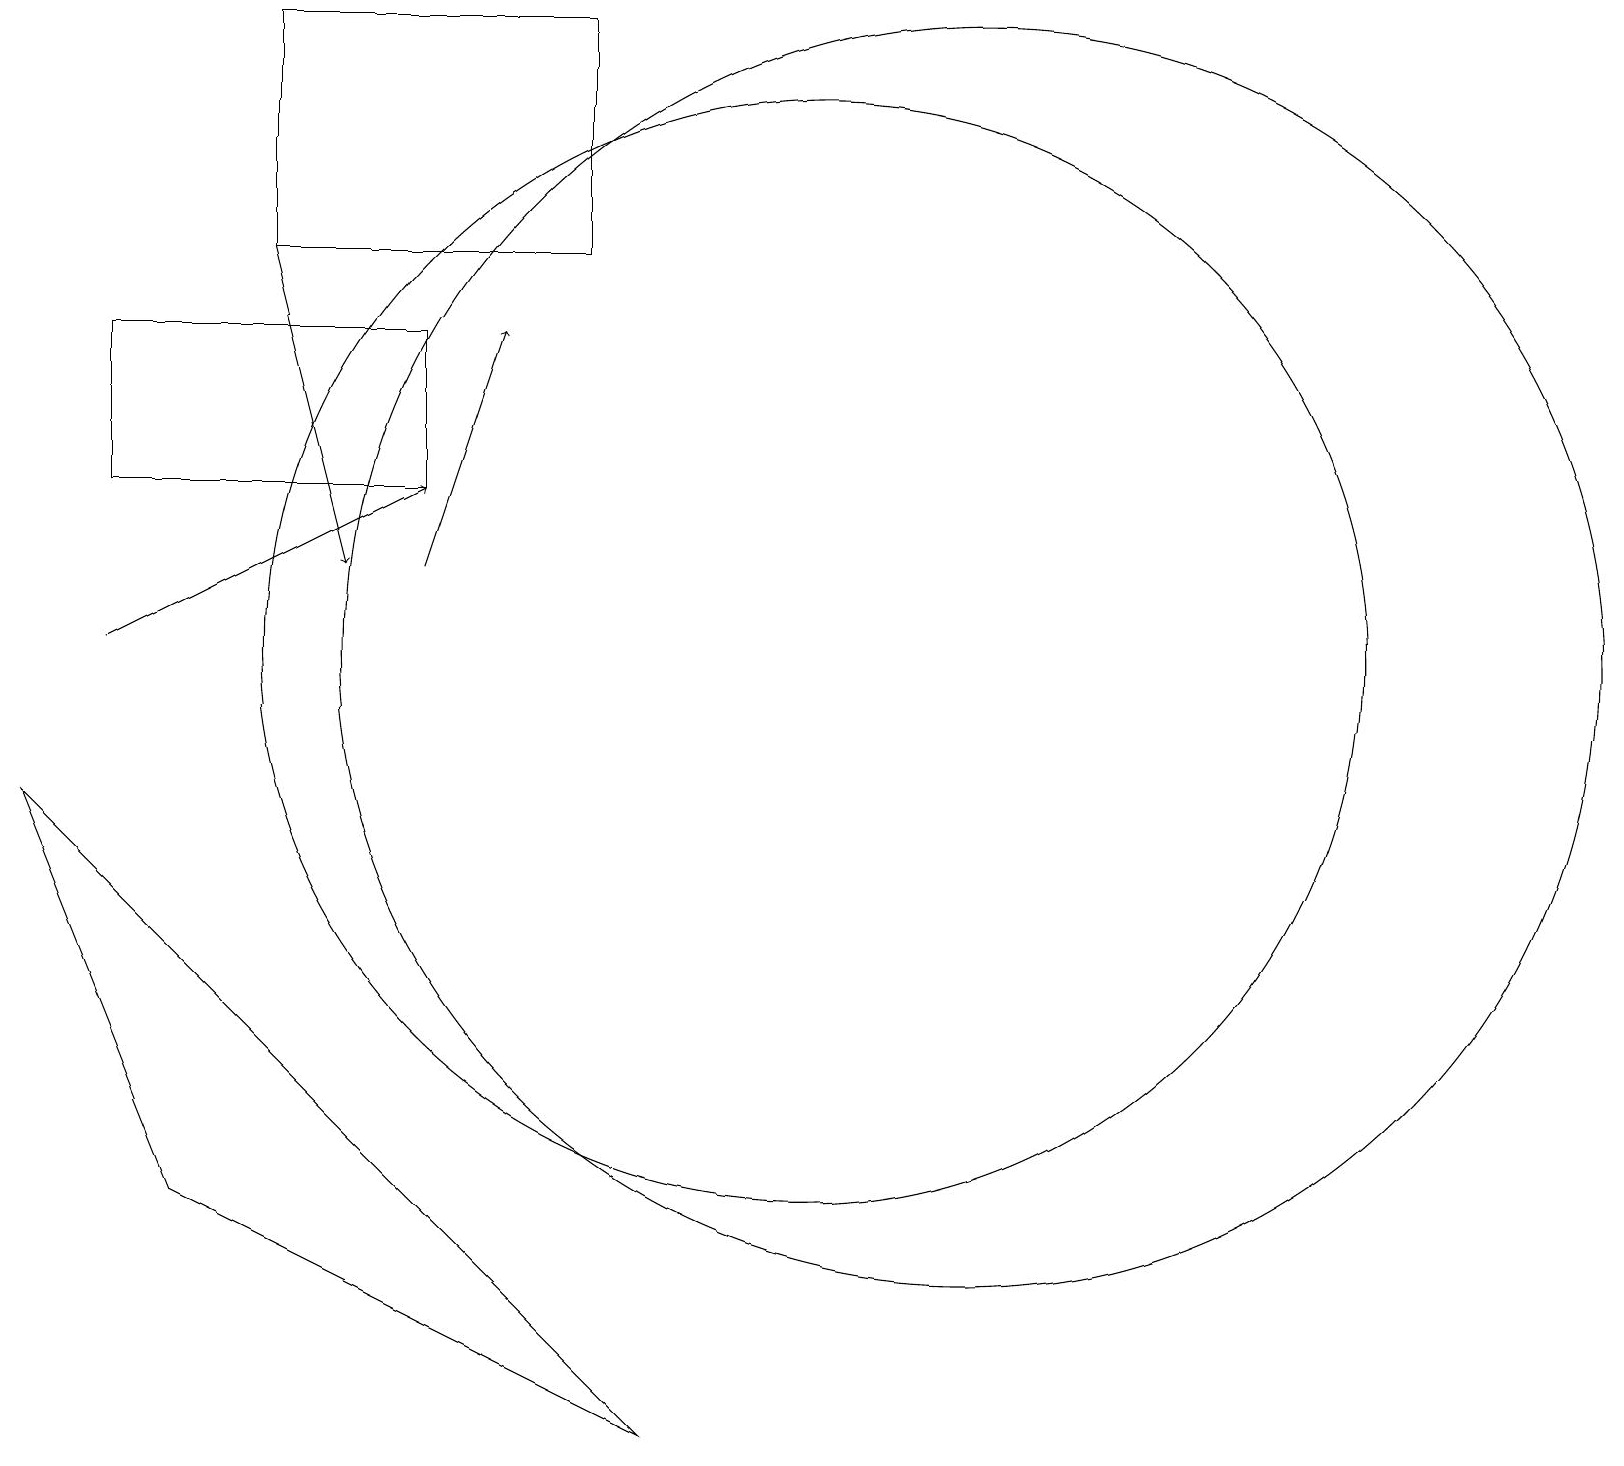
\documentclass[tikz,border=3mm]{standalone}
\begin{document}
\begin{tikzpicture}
\draw[->] (5,11) -- (6,14);
\draw (1,14) rectangle (5,12);
\draw (12,10) circle (8);
\draw (2,3) -- (0,8) -- (8,0) -- cycle;
\draw (7,18) rectangle (3,15);
\draw (10,10) circle (7);
\draw[->] (1,10) -- (5,12);
\draw[->] (3,15) -- (4,11);
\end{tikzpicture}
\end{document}